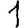
Digit: 1